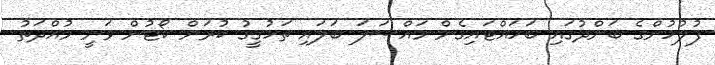
ފުލުހުންގެ ބަންދުގައި ބަހައްޓައިގެން މައްސަލަ ބަލައި ތަހުގީގު ކުރަން ކޯޓުން ވަނީ މުއްދަތު